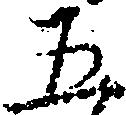
五